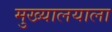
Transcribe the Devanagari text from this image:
मुख्यालयाला